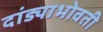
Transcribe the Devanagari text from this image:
दांड्याभोवती